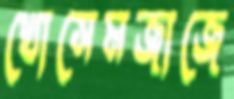
খোসেমজাজে